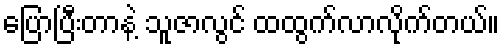
ပြောပြီးတာနဲ့ သူဇာလွင် ထထွက်လာလိုက်တယ်။